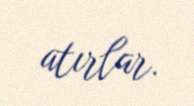
atırlar.